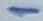
Text: 1